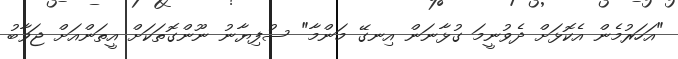
"އަހަރުމެން އެކޮޅަށް ދެވުނީމަ ގުޅާނަން އިނގޭ މަންމާ" ސުފިޔާނު ނޫންގޮތަކަށް އީތަންއަށް ޖަވާބު